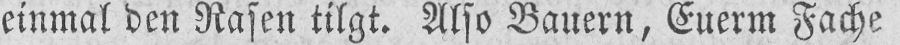
einmal den Rasen tilgt. Also Bauern, Euerm Fache